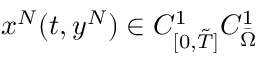
x ^ { N } ( t , y ^ { N } ) \in C _ { [ 0 , \Tilde { T } ] } ^ { 1 } C _ { \Bar { \Omega } } ^ { 1 }